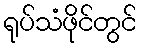
ရုပ်သံဖိုင်တွင်